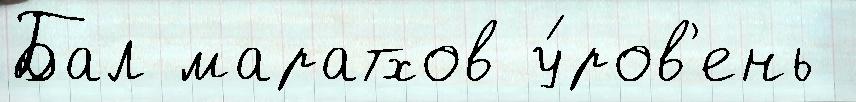
Бал маратхов у́ров'ень